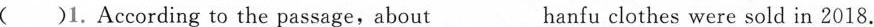
( )1.According to the passage, about ___ hanfu clothes were sold in 2018.